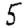
Digit: 5